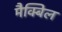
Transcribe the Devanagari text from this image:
मैक्बिल